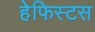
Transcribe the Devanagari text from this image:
हेफिस्टस